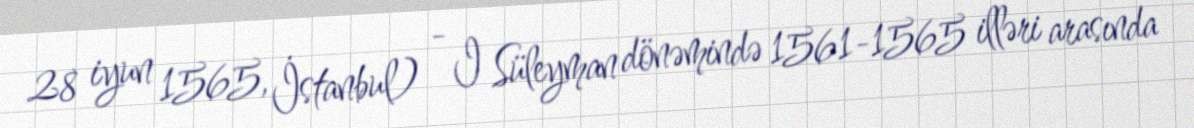
28 iyun 1565, İstanbul) - I Süleyman dönəmində 1561-1565 illəri arasında